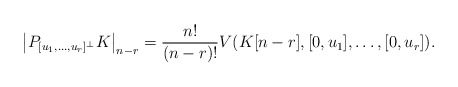
\begin{align*}\left|P_{[u_1,\dots,u_r]^\bot}K\right|_{n-r}=\frac{n!}{(n-r)!}V(K[n-r],[0,u_1],\dots, [0,u_r]).\end{align*}